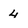
Character: 4